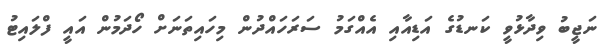
ނަޖީބު ވިދާޅުވީ ކަނޑުގެ އަޑިއާއި އެއްގަމު ސަރަހައްދުން މިހައިތަނަށް ހޯދަމުން އައީ ފްލައިޓު